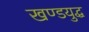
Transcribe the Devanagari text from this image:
खण्डयुद्ध